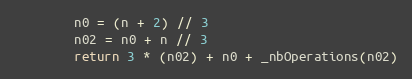
Language: Python
        n0 = (n + 2) // 3
        n02 = n0 + n // 3
        return 3 * (n02) + n0 + _nbOperations(n02)